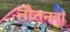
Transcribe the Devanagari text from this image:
नौतनवां